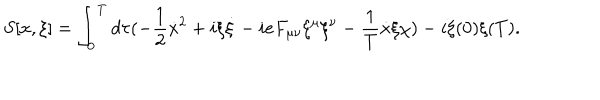
S [ x , \xi ] = \int _ { 0 } ^ { T } d \tau ( - \frac { 1 } { 2 } \dot { x } ^ { 2 } + i \xi \dot { \xi } - i e F _ { \mu \nu } \xi ^ { \mu } \xi ^ { \nu } - \frac { 1 } { T } \dot { x } \xi \chi ) - i \xi ( 0 ) \xi ( T ) .